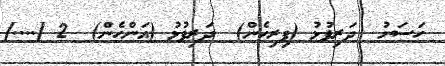
ހަސަނު  ދަރިފުޅު (ފިރިހެން)  ދަރިފުޅު (އަންހެން)  2 [....]